Annual report on the working of the mental hospitals in the Madras Presidency - 1912-1932
Year: 1912
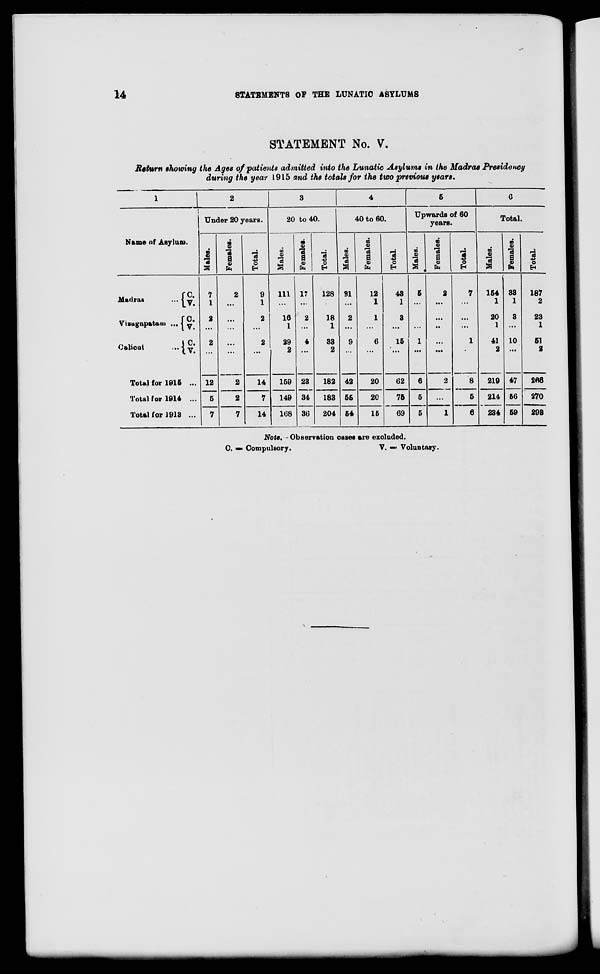
14
STATEMENTS
OF THE LUNATIC ASYLUMS
STATEMENT No. V.
Return showing the Ages of patients admitted into the Lunatic Asylums in the Madras Presidency
during the year 1915 and the totals for the two previous years.
1
Name of Asylum.
Madras ...
Vizagapatam ...
Calicut ...
C.
V.
C.
V.
C.
V.
Total for 1915 ...
Total for 1914 ...
Total for 1913 ...
2
Under 20 years.
Males.
7
1
2
...
2
...
12
5
7
Females.
2
...
...
...
...
...
2
2
7
Total.
9
1
2
...
2
...
14
7
14
3
20 to 40.
Males.
111
...
16
1
29
2
159
149
168
Females.
17
...
2
...
4
...
23
34
36
Total.
128
...
18
1
33
2
182
183
204
4
40 to 60.
Males.
31
...
2
...
9
...
42
55
54
Females.
12
1
1
...
6
...
20
20
15
Total.
43
1
3
...
15
...
62
75
69
5
Upwards of 60
years.
Males.
5
...
...
...
1
...
6
5
5
Females.
2
...
...
...
...
...
2
...
1
Total.
7
...
...
...
1
...
8
5
6
6
Total.
Males.
154
1
20
1
41
2
219
214
234
Females.
33
1
3
...
10
...
47
56
59
Total.
187
2
23
1
51
2
266
270
293
Note.— Observation cases are excluded.
C. = Compulsory.
V. = Voluntary.